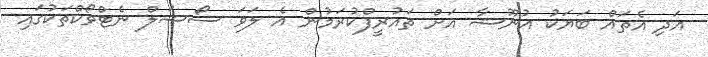
އަދި އެތައް ބަޔަކު އުނޫޝާ އަށް ތައުރީފްކުރަމުން އެ ލަވަ ސޯޝަލް ނެޓްވޯކްތަކުގައި